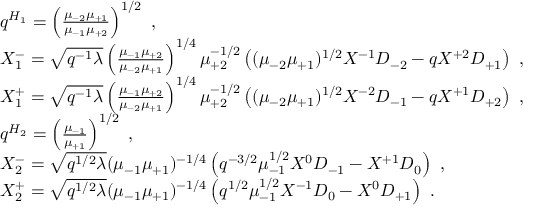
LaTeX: \begin{array} { l } { { q ^ { H _ { 1 } } = \left( \frac { \mu _ { - 2 } \mu _ { + 1 } } { \mu _ { - 1 } \mu _ { + 2 } } \right) ^ { 1 / 2 } ~ , } } \\ { { X _ { 1 } ^ { - } = \sqrt { q ^ { - 1 } \lambda } \left( \frac { \mu _ { - 1 } \mu _ { + 2 } } { \mu _ { - 2 } \mu _ { + 1 } } \right) ^ { 1 / 4 } \mu _ { + 2 } ^ { - 1 / 2 } \left( ( \mu _ { - 2 } \mu _ { + 1 } ) ^ { 1 / 2 } { \cal X } ^ { - 1 } { \cal D } _ { - 2 } - q { \cal X } ^ { + 2 } { \cal D } _ { + 1 } \right) ~ , } } \\ { { X _ { 1 } ^ { + } = \sqrt { q ^ { - 1 } \lambda } \left( \frac { \mu _ { - 1 } \mu _ { + 2 } } { \mu _ { - 2 } \mu _ { + 1 } } \right) ^ { 1 / 4 } \mu _ { + 2 } ^ { - 1 / 2 } \left( ( \mu _ { - 2 } \mu _ { + 1 } ) ^ { 1 / 2 } { \cal X } ^ { - 2 } { \cal D } _ { - 1 } - q { \cal X } ^ { + 1 } { \cal D } _ { + 2 } \right) ~ , } } \\ { { q ^ { H _ { 2 } } = \left( \frac { \mu _ { - 1 } } { \mu _ { + 1 } } \right) ^ { 1 / 2 } ~ , } } \\ { { X _ { 2 } ^ { - } = \sqrt { q ^ { 1 / 2 } \lambda } ( \mu _ { - 1 } \mu _ { + 1 } ) ^ { - 1 / 4 } \left( q ^ { - 3 / 2 } \mu _ { - 1 } ^ { 1 / 2 } { \cal X } ^ { 0 } { \cal D } _ { - 1 } - { \cal X } ^ { + 1 } { \cal D } _ { 0 } \right) ~ , } } \\ { { X _ { 2 } ^ { + } = \sqrt { q ^ { 1 / 2 } \lambda } ( \mu _ { - 1 } \mu _ { + 1 } ) ^ { - 1 / 4 } \left( q ^ { 1 / 2 } \mu _ { - 1 } ^ { 1 / 2 } { \cal X } ^ { - 1 } { \cal D } _ { 0 } - { \cal X } ^ { 0 } { \cal D } _ { + 1 } \right) ~ . } } \end{array}